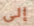
إلى